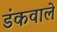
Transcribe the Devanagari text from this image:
डंकवाले